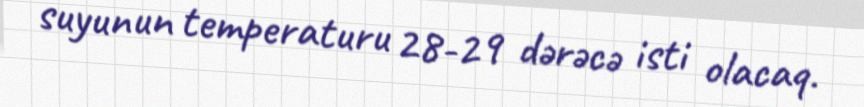
suyunun temperaturu 28-29 dərəcə isti olacaq.